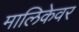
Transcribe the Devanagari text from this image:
मालिकेवर